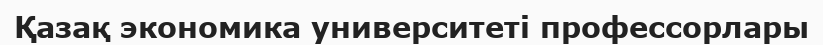
Қазақ экономика университеті профессорлары